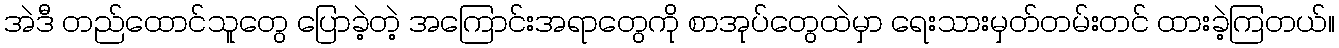
အဲဒီ တည်ထောင်သူတွေ ပြောခဲ့တဲ့ အကြောင်းအရာတွေကို စာအုပ်တွေထဲမှာ ရေးသားမှတ်တမ်းတင် ထားခဲ့ကြတယ်။